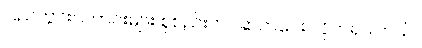
ပြည်တွင်းသတင်းများ စုစည်းတင်ဆက်ပေး လိုက်ရပါတယ်။